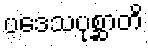
ပဒေသပုစ္ဆာတိ